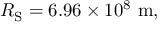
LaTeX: R _ { \mathrm { { S } } } = 6 . 9 6 \times 1 0 ^ { 8 } \ \mathrm { m } ,